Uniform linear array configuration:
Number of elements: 24
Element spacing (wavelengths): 0.75
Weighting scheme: hann
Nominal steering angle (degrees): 15
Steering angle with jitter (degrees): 16.919
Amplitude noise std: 0.05
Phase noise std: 0.05

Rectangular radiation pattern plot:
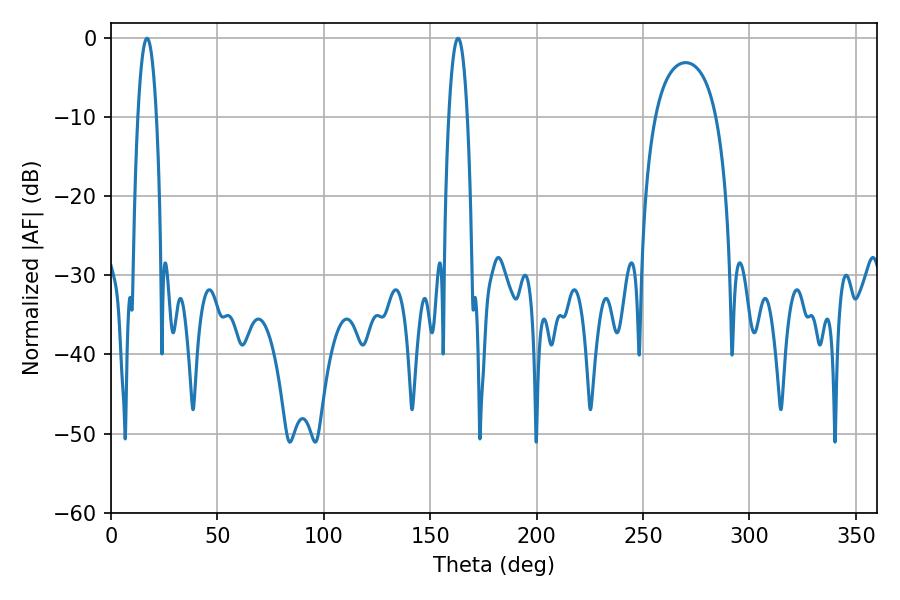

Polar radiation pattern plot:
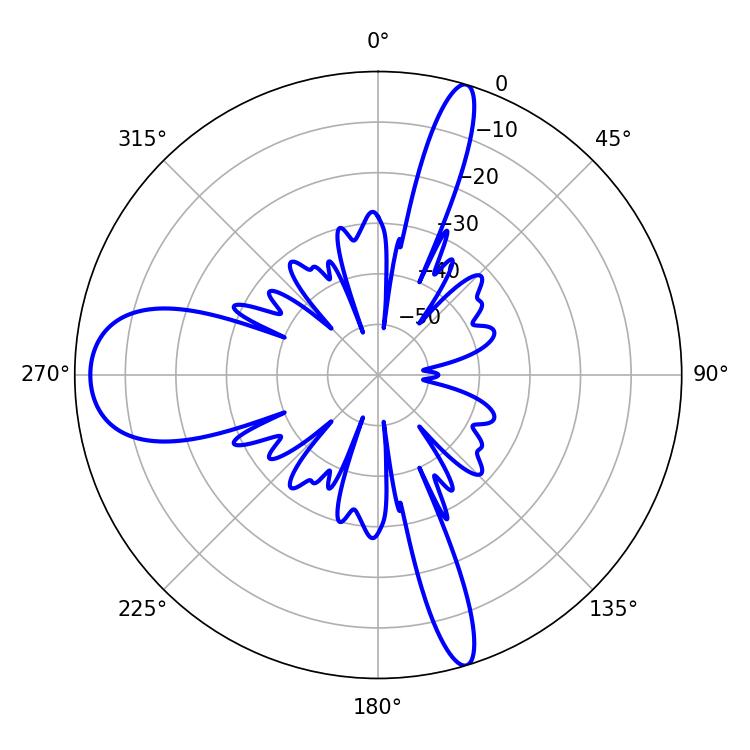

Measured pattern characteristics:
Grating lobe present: TRUE
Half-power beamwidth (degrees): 4.86
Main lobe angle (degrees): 16.92